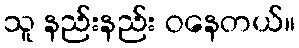
သူ နည်းနည်း ဝနေတယ်။